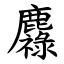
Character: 䴪